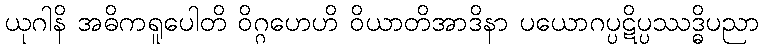
ယုဂါနိ အဓိကရူပေါတိ ဝိဂ္ဂဟေဟိ ဝိယာတိအာဒိနာ ပယောဂပ္ပဋိပ္ပဿဒ္ဓိပညာ